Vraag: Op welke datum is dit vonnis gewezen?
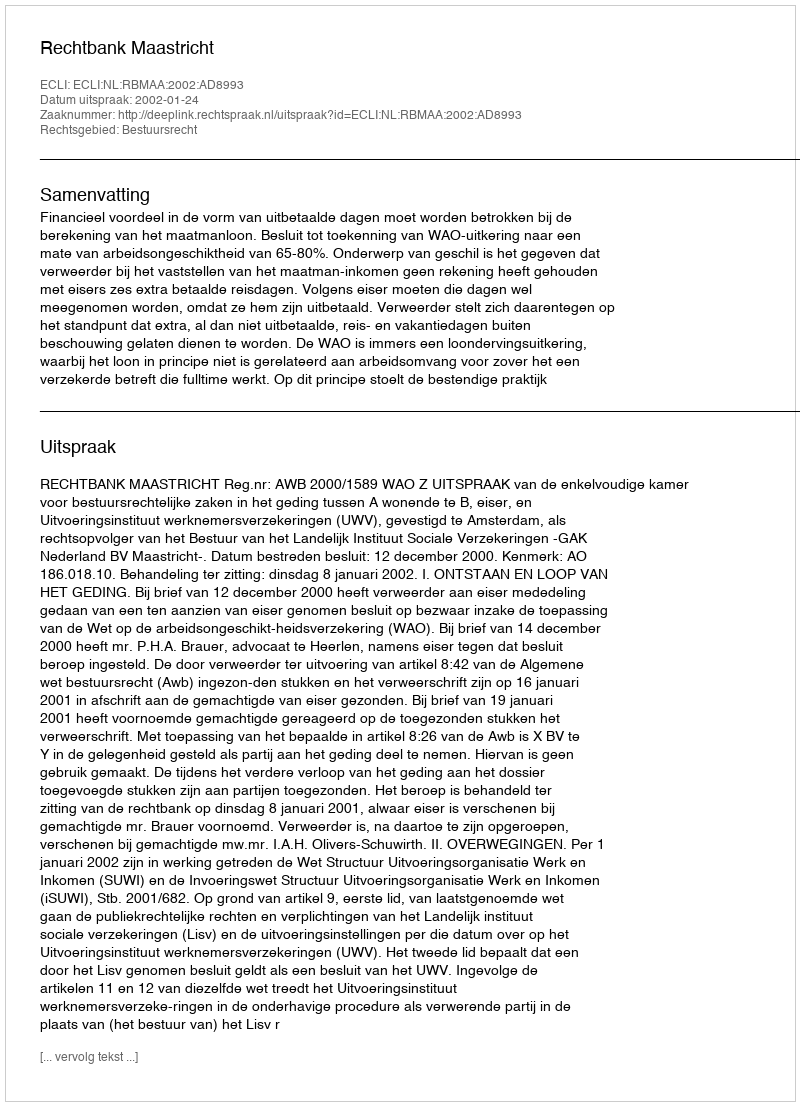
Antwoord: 2002-01-24